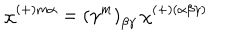
\chi ^ { ( + ) m \alpha } = \left( \gamma ^ { m } \right) _ { \beta \gamma } \, \chi ^ { ( + ) ( \alpha \beta \gamma ) }